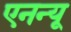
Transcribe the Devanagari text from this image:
एनन्यू